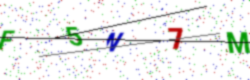
Text: F5N7M